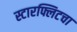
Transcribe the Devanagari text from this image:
स्टारफ्लिटचा